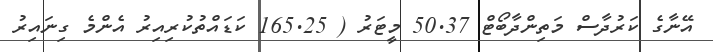
އޭނާގެ ކަރުދާސް މަތިންދާބޯޓް 50.37 މީޓަރު ( 165.25 ކަޑައްތުކުރިއިރު އެންމެ ގިނައިރު